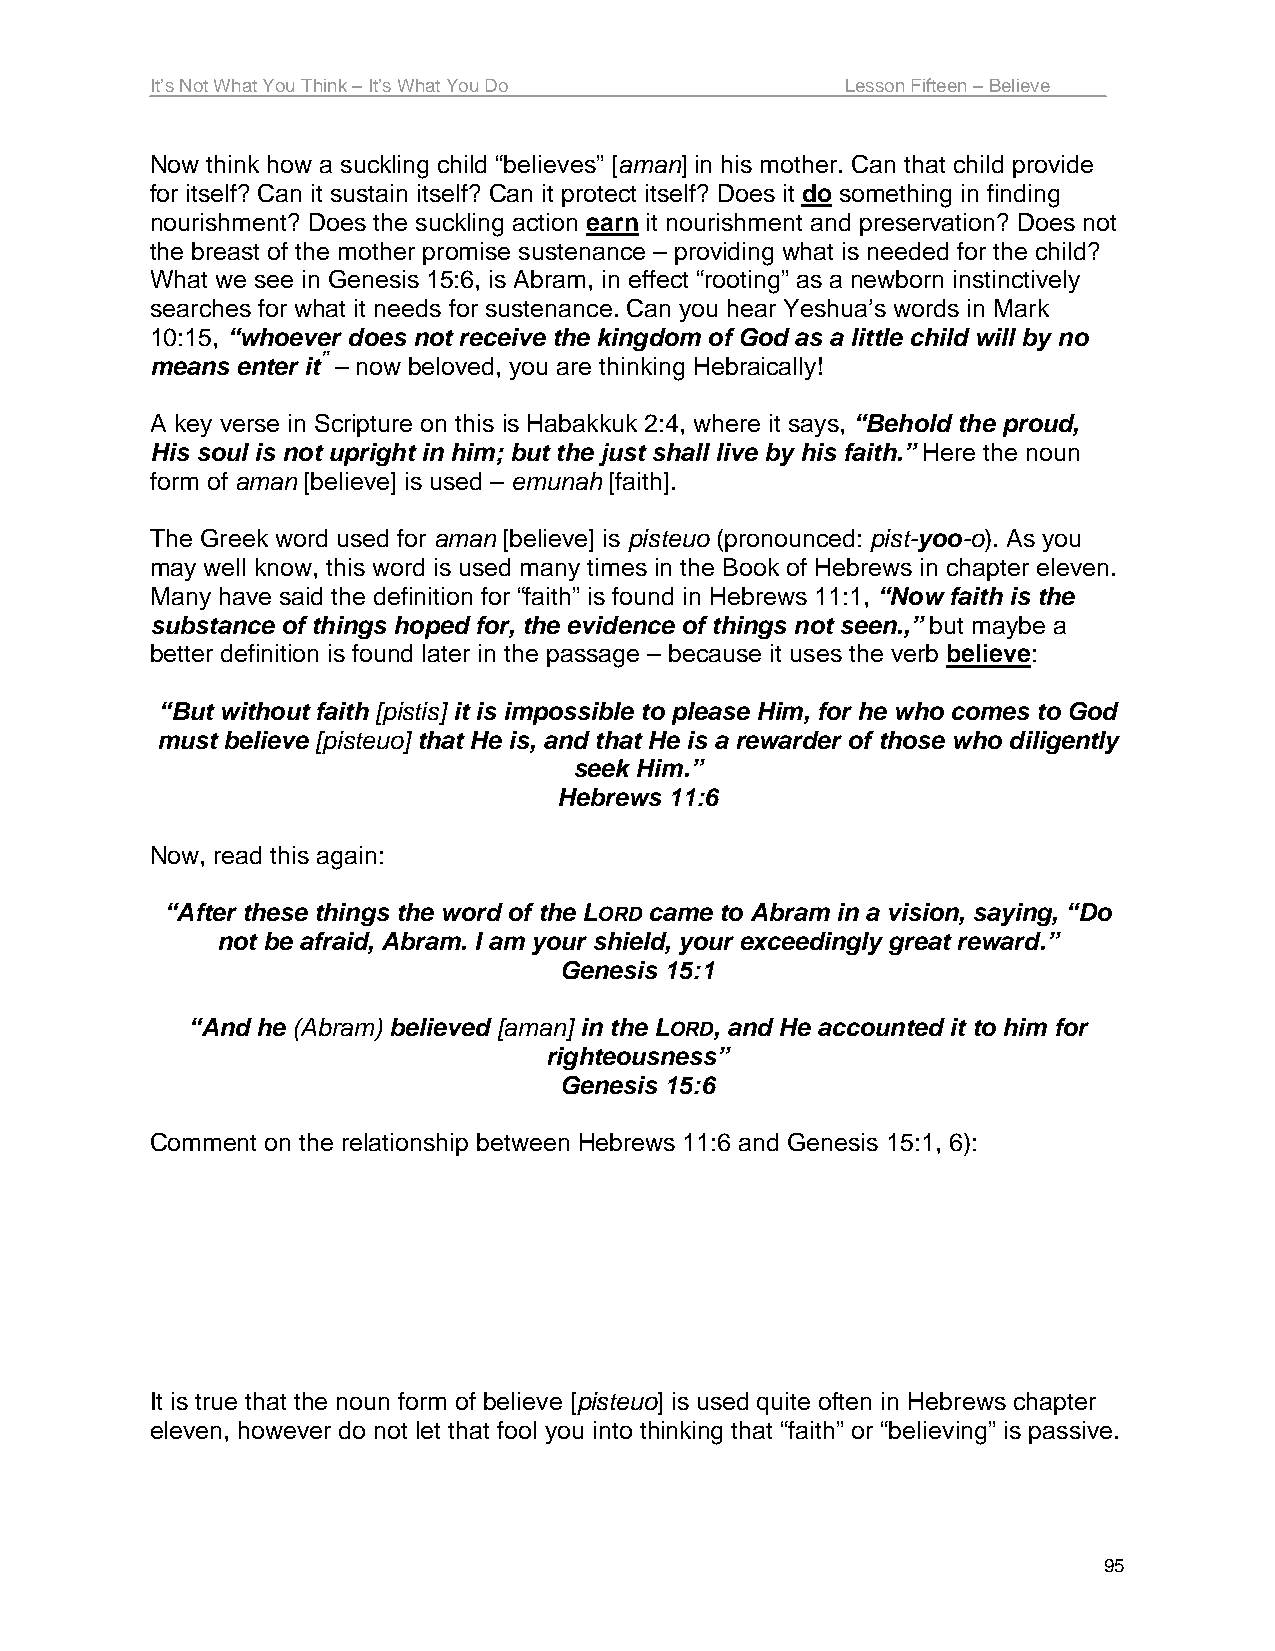
It’s Not What You Think – It’s What You Do    Lesson Fifteen – Believe
 Now think how a suckling child “believes” [aman] in his mother. Can that child provide
 for itself? Can it sustain itself? Can it protect itself? Does it do something in finding
 nourishment? Does the suckling action earn it nourishment and preservation? Does not
 the breast of the mother promise sustenance – providing what is needed for the child?
 What we see in Genesis 15:6, is Abram, in effect “rooting” as a newborn instinctively
 searches for what it needs for sustenance. Can you hear Yeshua’s words in Mark
 10:15, “whoever does not receive the kingdom of God as a little child will by no
 means enter it” – now beloved, you are thinking Hebraically!
 A key verse in Scripture on this is Habakkuk 2:4, where it says, “Behold the proud,
 His soul is not upright in him; but the just shall live by his faith.” Here the noun
 form of aman [believe] is used – emunah [faith].
 The Greek word used for aman [believe] is pisteuo (pronounced: pist-yoo-o). As you
 may well know, this word is used many times in the Book of Hebrews in chapter eleven.
 Many have said the definition for “faith” is found in Hebrews 11:1, “Now faith is the
 substance of things hoped for, the evidence of things not seen.,” but maybe a
 better definition is found later in the passage – because it uses the verb believe:
 “But without faith [pistis] it is impossible to please Him, for he who comes to God
 must believe [pisteuo] that He is, and that He is a rewarder of those who diligently
 seek Him.”
 Hebrews 11:6
 Now, read this again:
 “After these things the word of the LORD came to Abram in a vision, saying, “Do
 not be afraid, Abram. I am your shield, your exceedingly great reward.”
 Genesis 15:1
 “And he (Abram) believed [aman] in the LORD, and He accounted it to him for
 righteousness”
 Genesis 15:6
 Comment on the relationship between Hebrews 11:6 and Genesis 15:1, 6):
 It is true that the noun form of believe [pisteuo] is used quite often in Hebrews chapter
 eleven, however do not let that fool you into thinking that “faith” or “believing” is passive.
 95